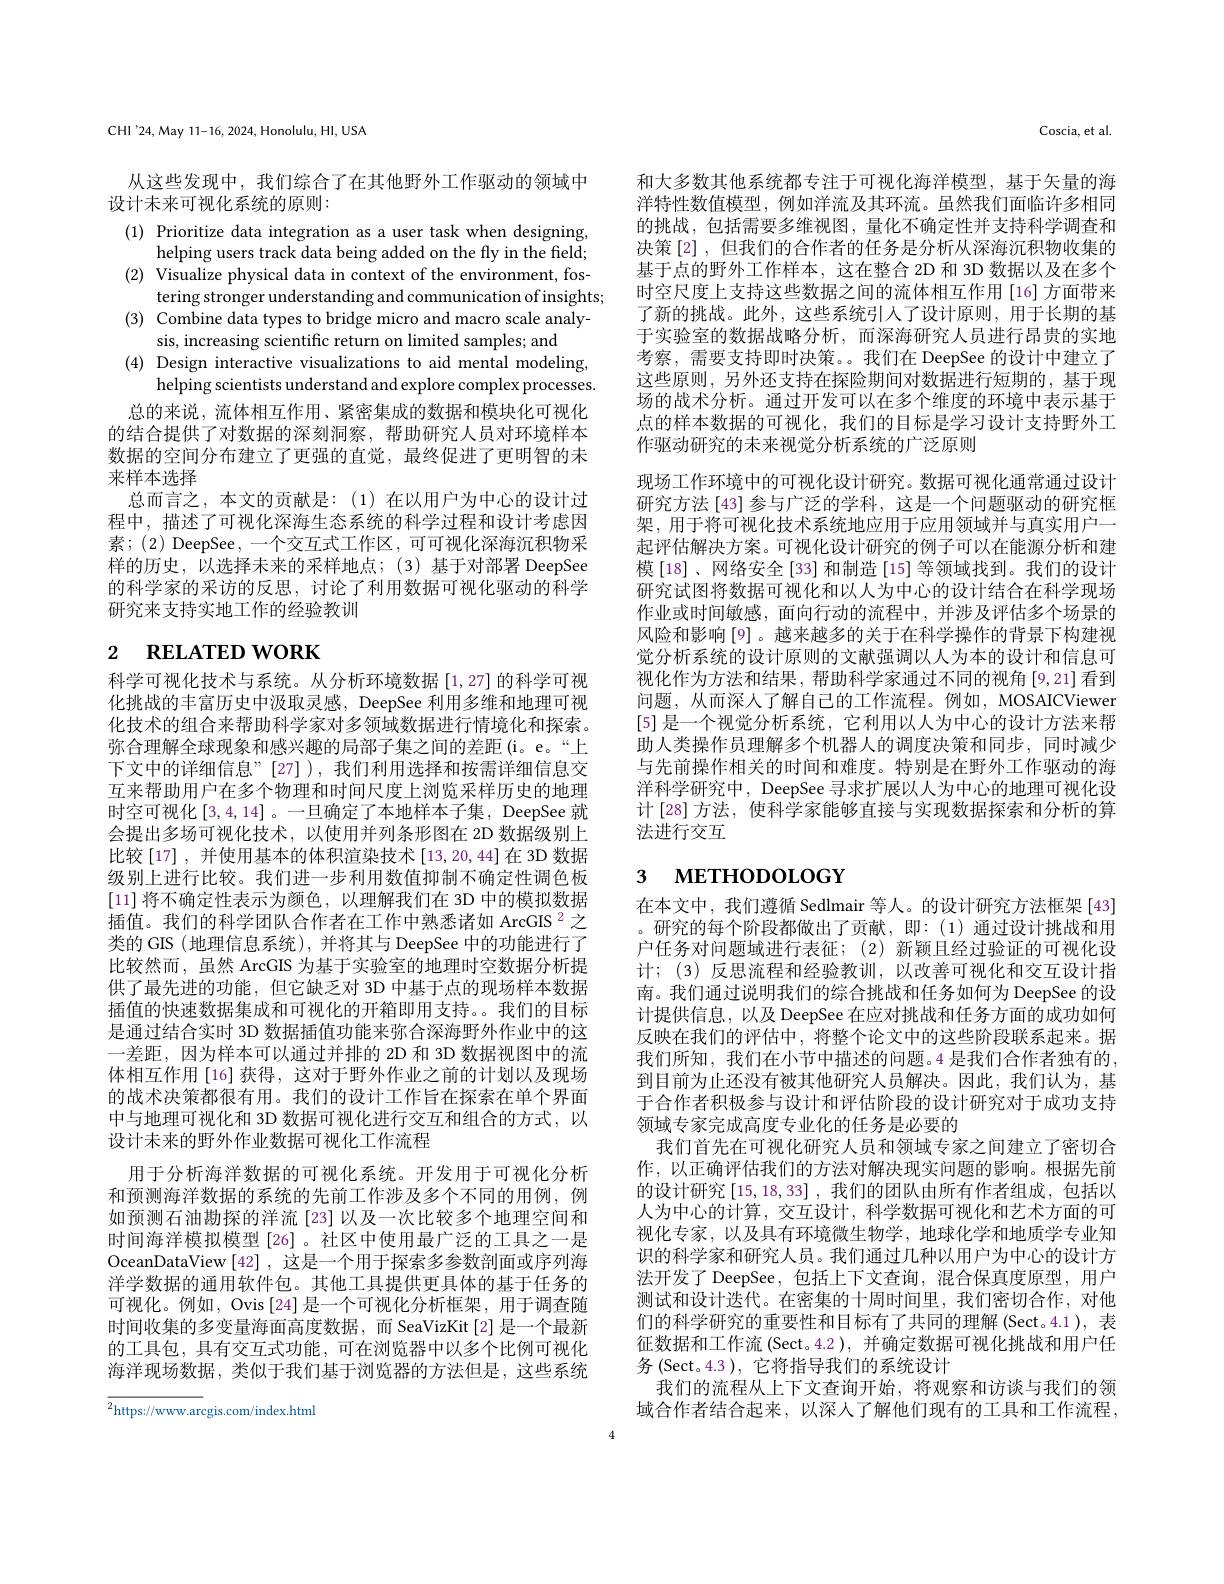
CHI'24,May 11-16, 2024, Honolulu, HI, USA

从这些发现中，我们综合了在其他野外工作驱动的领域中
设计未来可视化系统的原则：

(1) Prioritize data integration as a user task when designing,
helping users track data being added on the fly in the field; (2) Visualize physical data in context of the environment, fos-
tering stronger understanding and communication of insights; (3) Combine data types to bridge micro and macro scale analy-
sis, increasing scientific return on limited samples; and
(4) Design interactive visualizations to aid mental modeling,
helping scientists understand and explore complex processes. 总的来说，流体相互作用、紧密集成的数据和模块化可视化
的结合提供了对数据的深刻洞察，帮助研究人员对环境样本数据的空间分布建立了更强的直觉，最终促进了更明智的未来样本选择
总而言之，本文的贡献是：(1)在以用户为中心的设计过程中，描述了可视化深海生态系统的科学过程和设计考虑因素；(2) DeepSee,一个交互式工作区，可可视化深海沉积物采样的历史，以选择未来的采样地点；(3)基于对部署 DeepSee 的科学家的采访的反思，讨论了利用数据可视化驱动的科学研究来支持实地工作的经验教训

# $_{2\:\text{RELATED WORK}}$

科学可视化技术与系统。从分析环境数据[1,27]的科学可视化挑战的丰富历史中汲取灵感，DeepSee 利用多维和地理可视化技术的组合来帮助科学家对多领域数据进行情境化和探索。弥合理解全球现象和感兴趣的局部子集之间的差距(i。e。“上下文中的详细信息”[27]),我们利用选择和按需详细信息交互来帮助用户在多个物理和时间尺度上浏览采样历史的地理时空可视化[3,4,14] 。一旦确定了本地样本子集，DeepSee 就会提出多场可视化技术，以使用并列条形图在 2D 数据级别上比较[17],并使用基本的体积渲染技术[13,20,44]在 3D 数据级别上进行比较。我们进一步利用数值抑制不确定性调色板[11]将不确定性表示为颜色，以理解我们在 3D 中的模拟数据插值。我们的科学团队合作者在工作中熟悉诸如 ArcGIS $^{2}$之类的 GIS ( 地理信息系统), 并将其与 DeepSee 中的功能进行了比较然而，虽然 ArcGIS 为基于实验室的地理时空数据分析提供了最先进的功能，但它缺乏对 3D 中基于点的现场样本数据插值的快速数据集成和可视化的开箱即用支持。我们的目标是通过结合实时 3D 数据插值功能来弥合深海野外作业中的这一差距，因为样本可以通过并排的 2D 和 3D 数据视图中的流体相互作用 [16] 获得，这对于野外作业之前的计划以及现场的战术决策都很有用。我们的设计工作旨在探索在单个界面中与地理可视化和 3D 数据可视化进行交互和组合的方式，以设计未来的野外作业数据可视化工作流程
用于分析海洋数据的可视化系统。开发用于可视化分析和预测海洋数据的系统的先前工作涉及多个不同的用例，例如预测石油勘探的洋流[23]以及一次比较多个地理空间和时间海洋模拟模型[26]。社区中使用最广泛的工具之一是OceanDataView [42] ,这是一个用于探索多参数剖面或序列海洋学数据的通用软件包。其他工具提供更具体的基于任务的可视化。例如，Ovis[24]是一个可视化分析框架，用于调查随时间收集的多变量海面高度数据，而 SeaVizKit[2]是一个最新的工具包，具有交互式功能，可在浏览器中以多个比例可视化海洋现场数据，类似于我们基于浏览器的方法但是，这些系统${\overline{{^2}\text{https://www.ar}}}$cgis.com/index.html

Coscia, et al.

和大多数其他系统都专注于可视化海洋模型，基于矢量的海洋特性数值模型，例如洋流及其环流。虽然我们面临许多相同的挑战，包括需要多维视图，量化不确定性并支持科学调查和决策 [2] ,但我们的合作者的任务是分析从深海沉积物收集的基于点的野外工作样本，这在整合 2D 和 3D 数据以及在多个时空尺度上支持这些数据之间的流体相互作用[16]方面带来了新的挑战。此外，这些系统引人了设计原则，用于长期的基于实验室的数据战略分析，而深海研究人员进行昂贵的实地考察，需要支持即时决策。。我们在 DeepSee 的设计中建立了这些原则，另外还支持在探险期间对数据进行短期的，基于现场的战术分析。通过开发可以在多个维度的环境中表示基于点的样本数据的可视化，我们的目标是学习设计支持野外工作驱动研究的未来视觉分析系统的广泛原则
现场工作环境中的可视化设计研究。数据可视化通常通过设计研究方法[43] 参与广泛的学科，这是一个问题驱动的研究框架，用于将可视化技术系统地应用于应用领域并与真实用户一起评估解决方案。可视化设计研究的例子可以在能源分析和建模[18]、网络安全[33] 和制造[15] 等领域找到。我们的设计研究试图将数据可视化和以人为中心的设计结合在科学现场作业或时间敏感，面向行动的流程中，并涉及评估多个场景的风险和影响[9]。越来越多的关于在科学操作的背景下构建视觉分析系统的设计原则的文献强调以人为本的设计和信息可视化作为方法和结果，帮助科学家通过不同的视角[9,21]看到问题，从而深人了解自己的工作流程。例如，MOSAICViewer [5] 是一个视觉分析系统，它利用以人为中心的设计方法来帮助人类操作员理解多个机器人的调度决策和同步，同时减少与先前操作相关的时间和难度。特别是在野外工作驱动的海洋科学研究中，DeepSee 寻求扩展以人为中心的地理可视化设计[28]方法，使科学家能够直接与实现数据探索和分析的算法进行交互

# 3 мЕТНОDOLOGY

在本文中，我们遵循 Sedlmair 等人。的设计研究方法框架 [43] 。研究的每个阶段都做出了贡献，即：(1)通过设计挑战和用户任务对问题域进行表征；(2) 新颖且经过验证的可视化设计；(3)反思流程和经验教训，以改善可视化和交互设计指南。我们通过说明我们的综合挑战和任务如何为 DeepSee 的设计提供信息，以及 DeepSee 在应对挑战和任务方面的成功如何反映在我们的评估中，将整个论文中的这些阶段联系起来。据我们所知，我们在小节中描述的问题。4 是我们合作者独有的， 到目前为止还没有被其他研究人员解决。因此，我们认为，基于合作者积极参与设计和评估阶段的设计研究对于成功支持领域专家完成高度专业化的任务是必要的
我们首先在可视化研究人员和领域专家之间建立了密切合作，以正确评估我们的方法对解决现实问题的影响。根据先前的设计研究[15,18,33],我们的团队由所有作者组成，包括以人为中心的计算，交互设计，科学数据可视化和艺术方面的可视化专家，以及具有环境微生物学，地球化学和地质学专业知识的科学家和研究人员。我们通过几种以用户为中心的设计方法开发了 DeepSee,包括上下文查询，混合保真度原型，用户测试和设计迭代。在密集的十周时间里，我们密切合作，对他们的科学研究的重要性和目标有了共同的理解 (Sect。4.1), 表征数据和工作流(Sect。4.2),并确定数据可视化挑战和用户任务 (Sect。4.3 ), 它将指导我们的系统设计
我们的流程从上下文查询开始，将观察和访谈与我们的领域合作者结合起来，以深人了解他们现有的工具和工作流程，